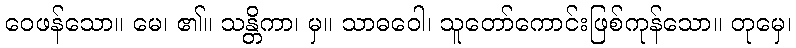
ဝေဖန်သော။ မေ၊ ၏။ သန္တိကာ၊ မှ။ သာဓဝေါ၊ သူတော်ကောင်းဖြစ်ကုန်သော။ တုမှေ၊